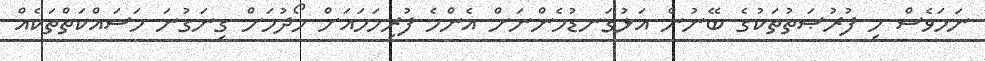
ނަމަވެސް މި ފުރުޞަތުތަކުގެ ބޭނުން އަޅުގަނޑުމެންނަށް އެންމެ ފުރިހަމައަށް ހޯދުމަށް ގިނަގުނަ މަސައްކަތްތަކެއް